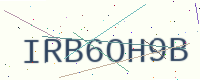
Text: IRB6OH9B